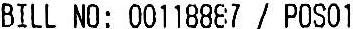
BILL NO: 00118887 / POS01